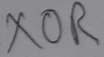
Text: XOR